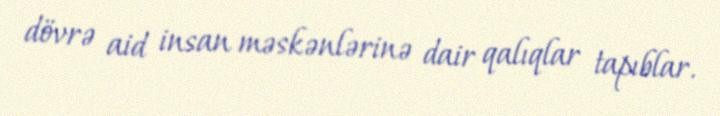
dövrə aid insan məskənlərinə dair qalıqlar tapıblar.